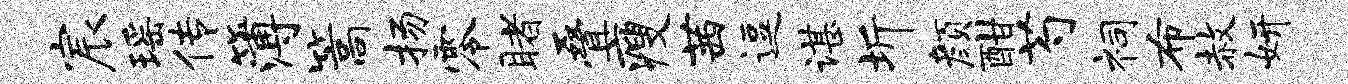
宸瑶传簿篙扬零睹叠瘦茜逗谌圻颜酣芍祠布赦妍